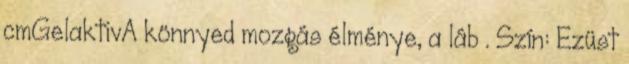
cmGelaktivA könnyed mozgás élménye, a láb . Szín: Ezüst